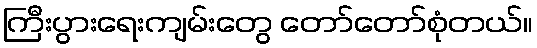
ကြီးပွားရေးကျမ်းတွေ တော်တော်စုံတယ်။